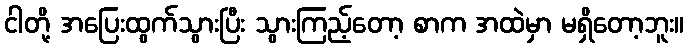
ငါတို့ အပြေးထွက်သွားပြီး သွားကြည့်တော့ စာက အထဲမှာ မရှိတော့ဘူး။